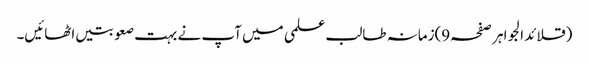
(قلائد الجواہر صفحہ9)زمانہ طالب علمی میں آپ نے بہت صعوبتیں اٹھائیں۔